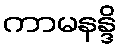
ကာမနန္ဒိ